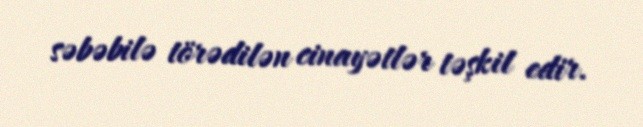
səbəbilə törədilən cinayətlər təşkil edir.